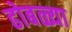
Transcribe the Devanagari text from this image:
ढोबळ्या